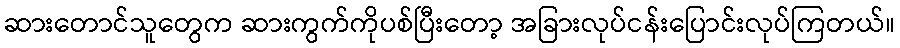
ဆားတောင်သူတွေက ဆားကွက်ကိုပစ်ပြီးတော့ အခြားလုပ်ငန်းပြောင်းလုပ်ကြတယ်။